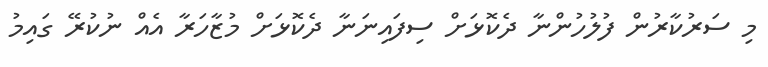
މި ސަރުކާރުން ފުލުހުންނާ ދެކޮޅަށް ސިފައިނަނާ ދެކޮޅަށް މުޒާހަރާ އެއް ނުކުރޭ ގައިމު